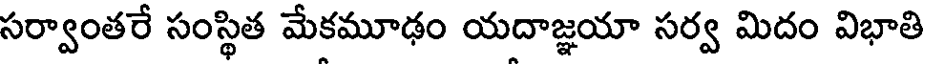
సర్వాంతరే సంస్థిత మేకమూఢం యదాజ్ఞయా సర్వ మిదం విభాతి